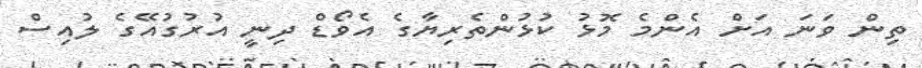
ތިން ވަނަ އަށް އެންމެ މޮޅު ކުޅުންތެރިޔާގެ އެވޯޑް ދިނީ އުރުގުއޭގެ ލުއިސް